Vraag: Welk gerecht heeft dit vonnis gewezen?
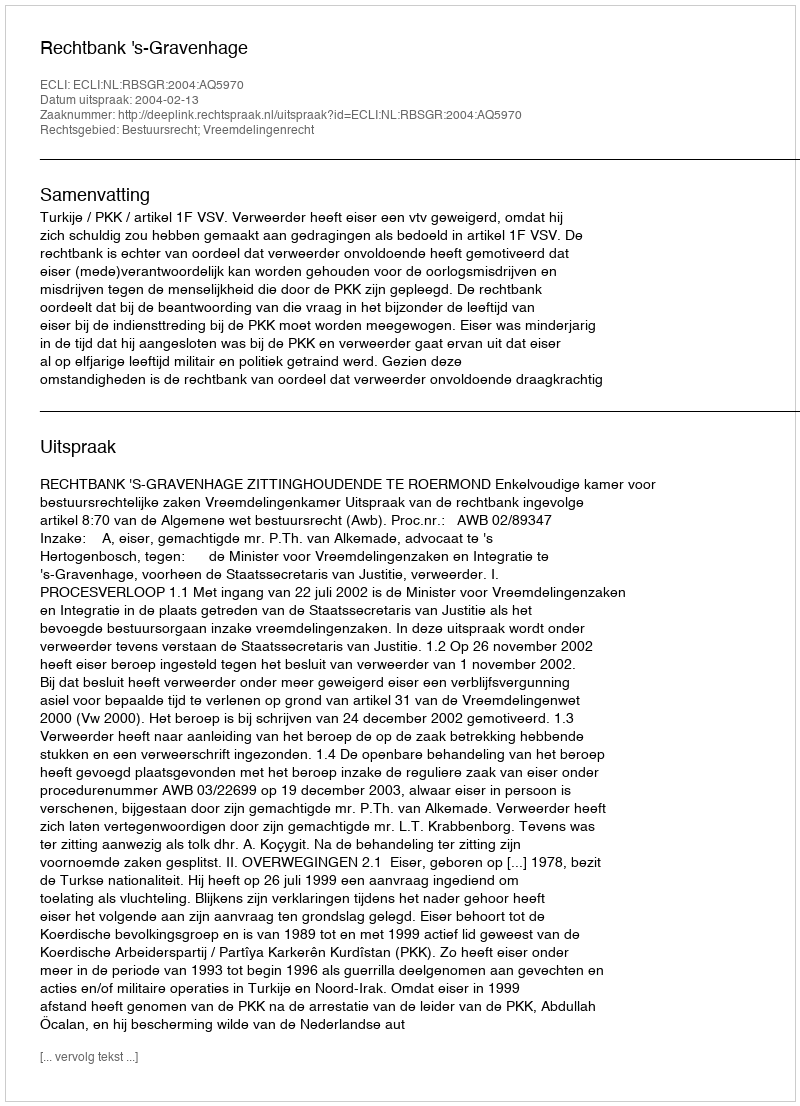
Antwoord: Rechtbank 's-Gravenhage